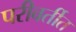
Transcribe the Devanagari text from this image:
परीवर्तीत